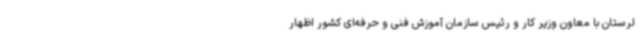
لرستان با معاون وزیر کار و رئیس سازمان آموزش فنی و حرفه‌ای کشور اظهار